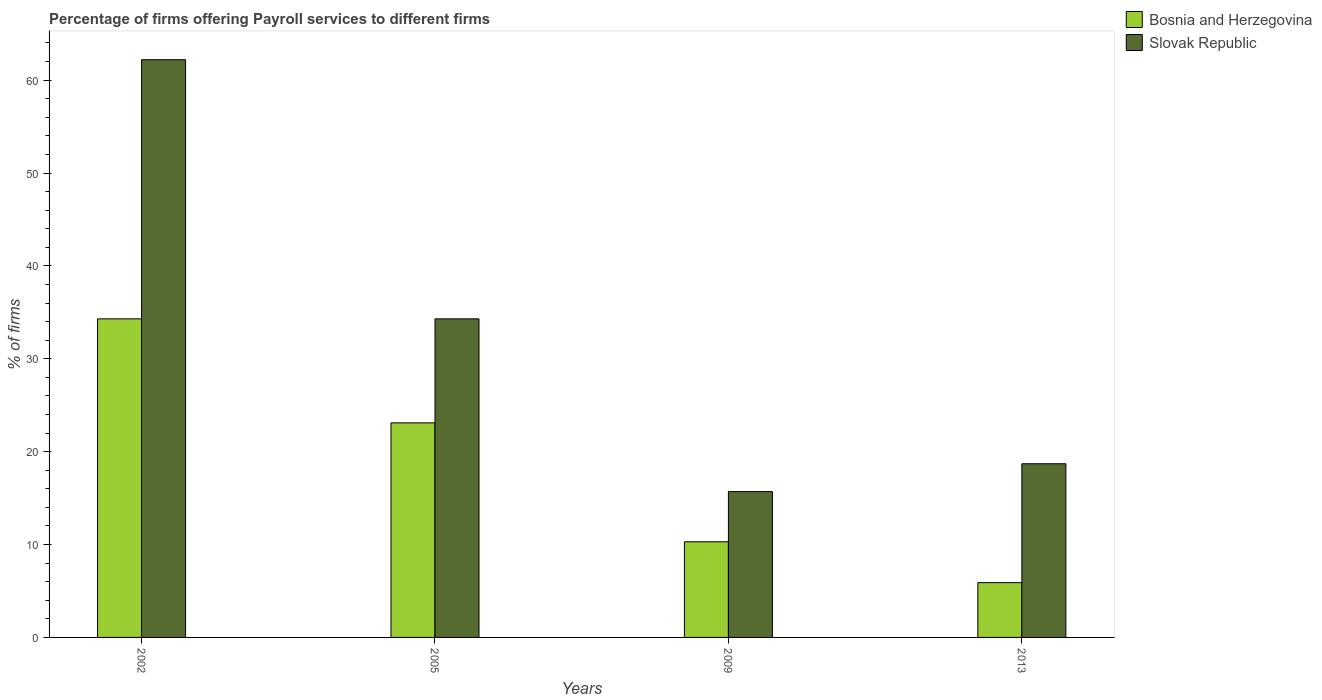
| Years | Bosnia and Herzegovina | Slovak Republic |
 | --- | --- | --- |
 | 2002 | 34.3 | 62.2 |
 | 2005 | 23.1 | 34.3 |
 | 2009 | 10.3 | 15.7 |
 | 2013 | 5.9 | 18.7 |